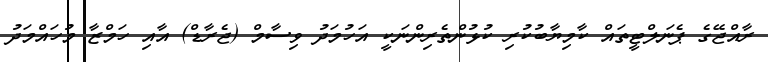
ރާއްޖޭގެ ޕެނަލްޓީތައް ކާމިޔާބުކުރި ކުޅުންތެރިންނަކީ އަހުމަދު ވިސާމް (ޖެރާޑް) އާއި ހަމްޒާ މުހައްމަދު